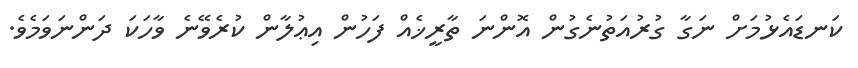
ކަނޑައެޅުމަށް ނަގާ ގުރުއަތުނެގުން އޮންނަ ތާރީޚެއް ފަހުން އިޢުލާން ކުރެވޭނެ ވާހަކަ ދަންނަވަމެވެ.